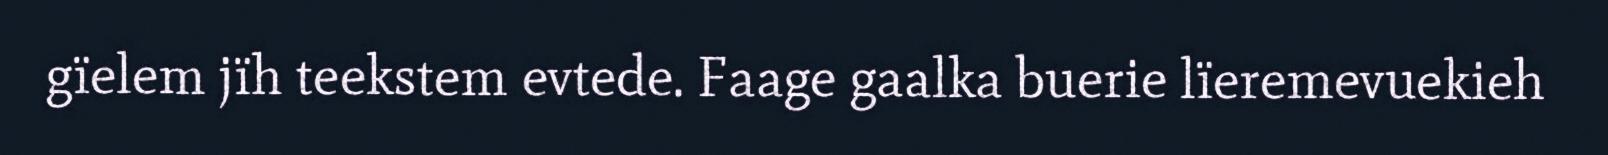
gïelem jïh teekstem evtede. Faage gaalka buerie lïeremevuekieh